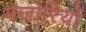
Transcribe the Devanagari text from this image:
मजोरियों